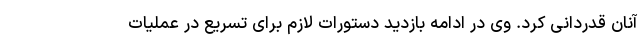
آنان قدردانی کرد. وی در ادامه بازدید دستورات لازم برای تسریع در عملیات